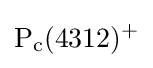
{\rm {P_{c}(4312)^{+}}}